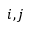
i , j